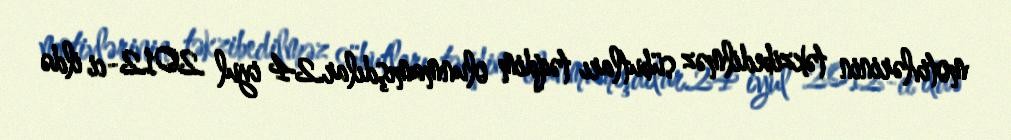
motivlərinin təkzibedilməz sübutları təqdim olunmamışdılar.24 iyul 2012-ci ildə